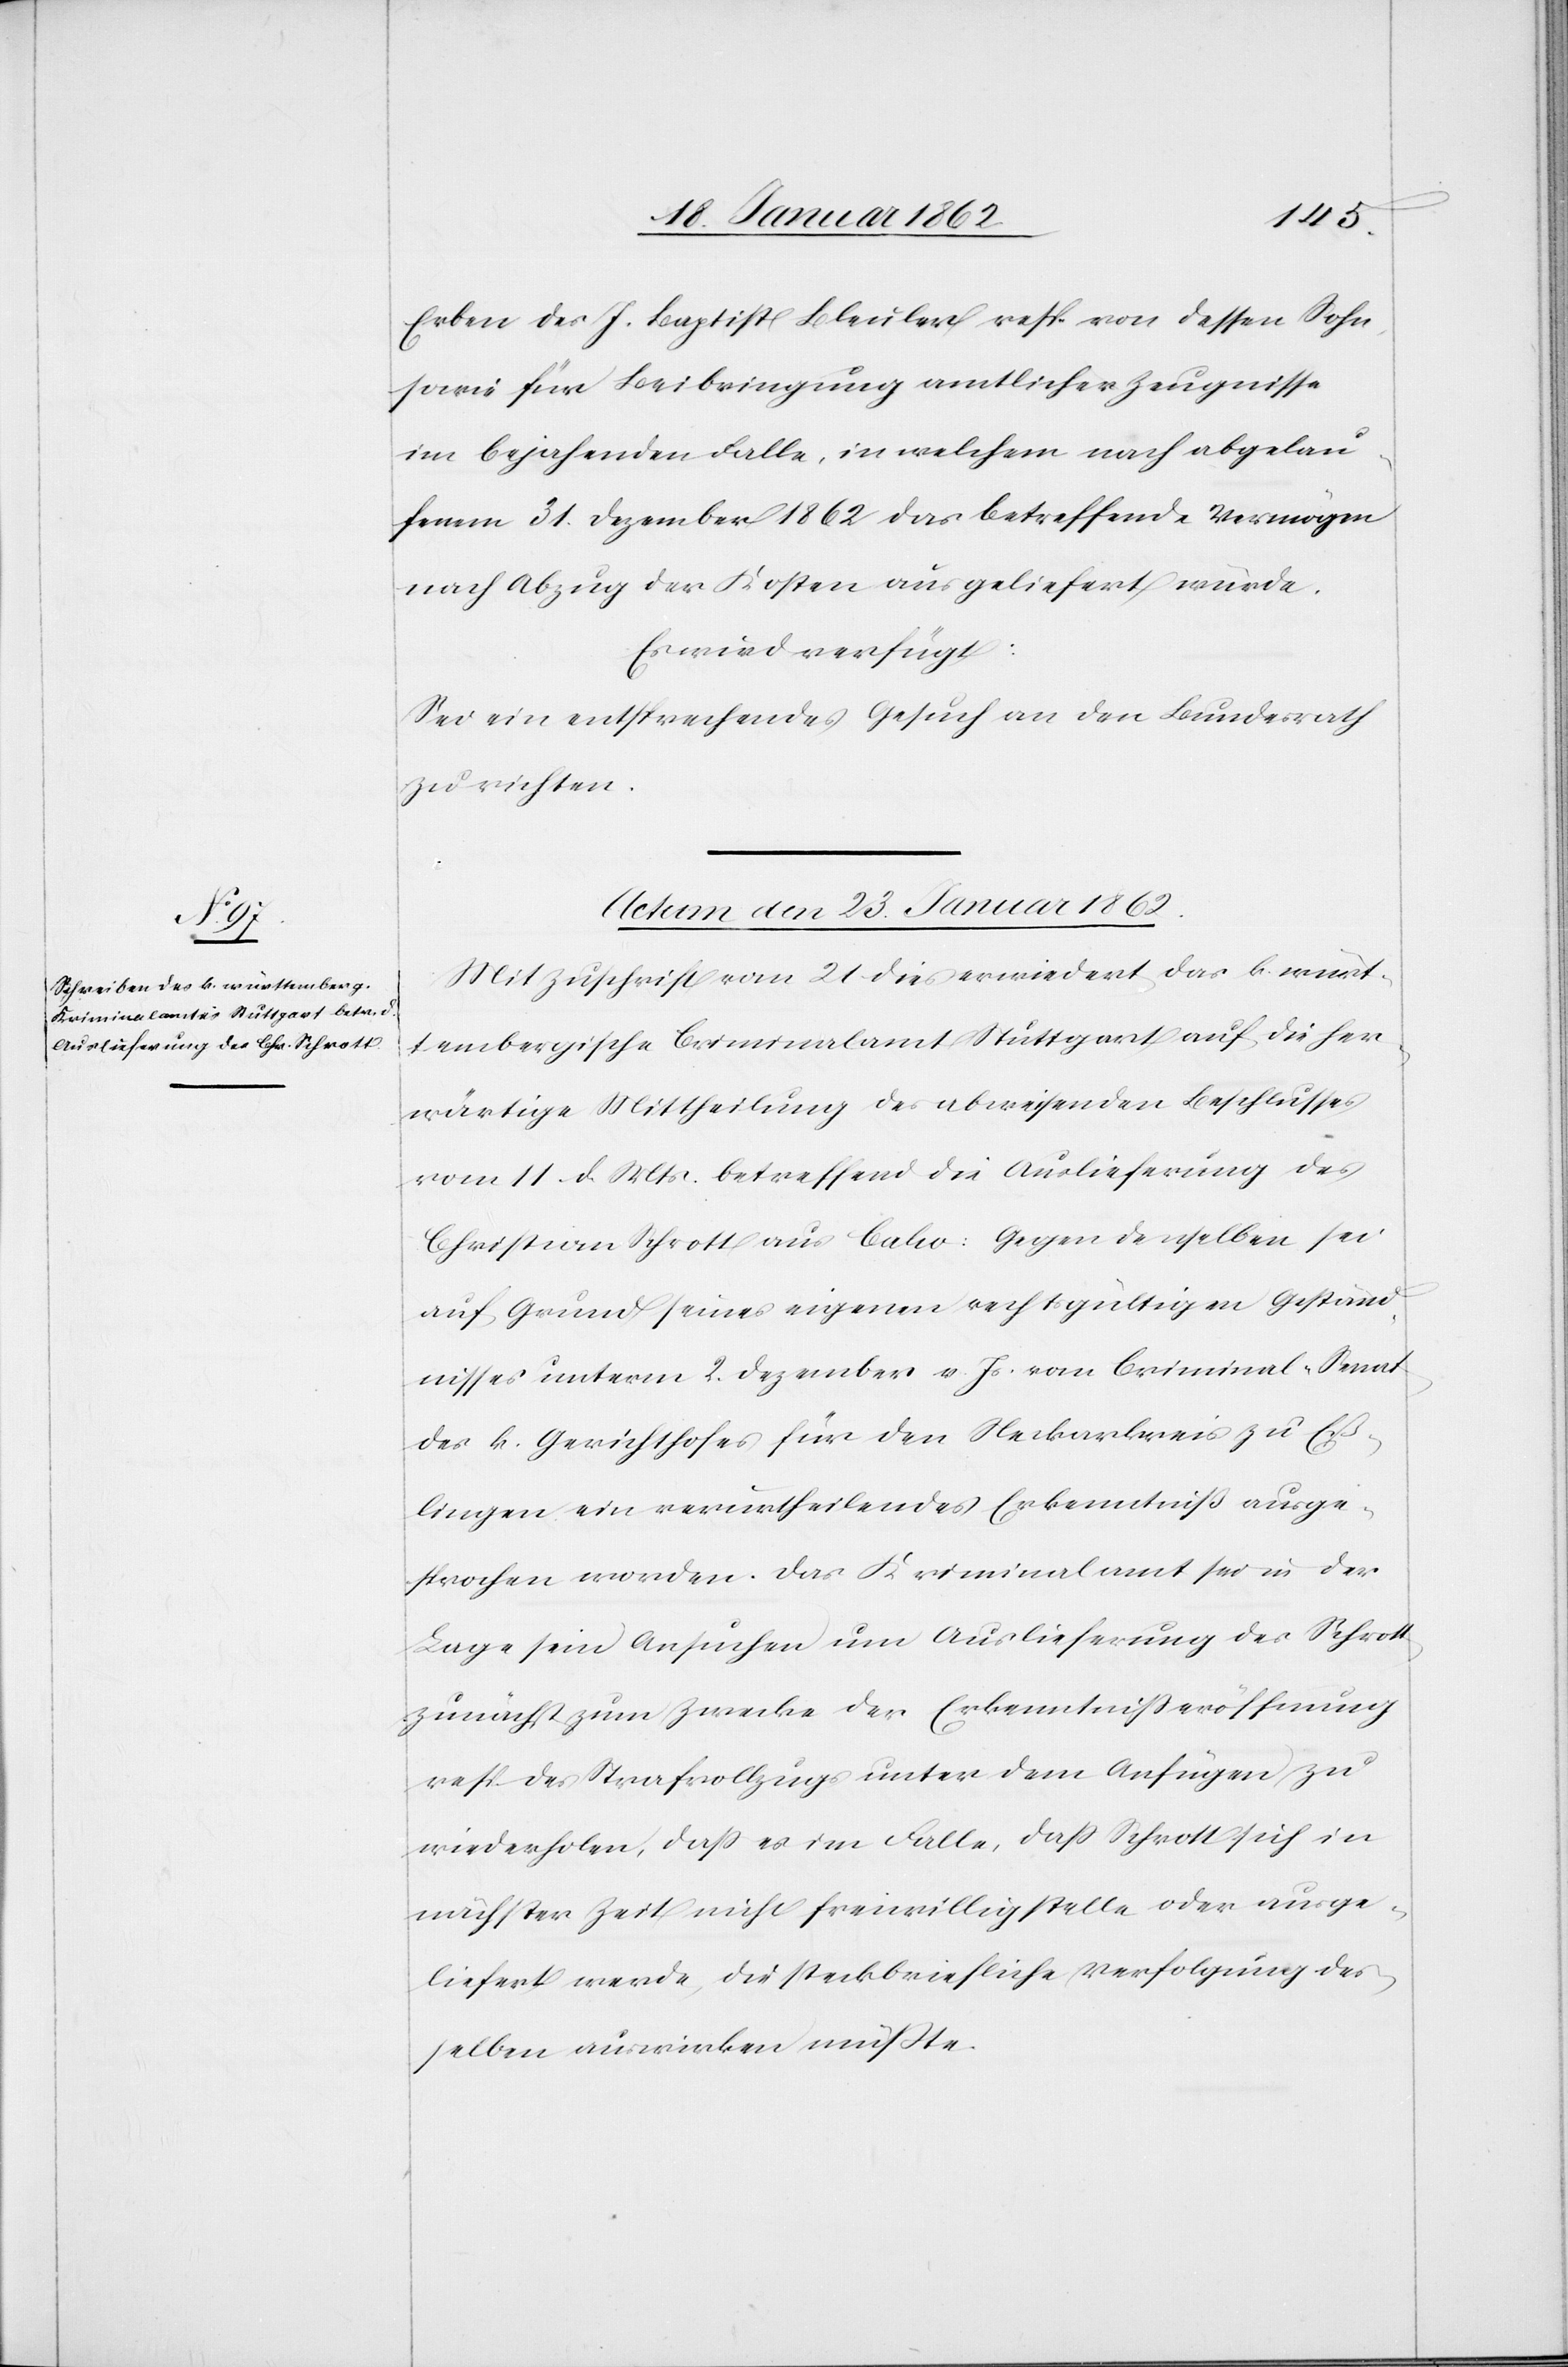
Erben des J. Baptist Bleuler resp. von dessen Sohn
sowie für Beibringung amtlicher Zeugnisse
im bejahenden Falle, in welchem nach abgelau¬
fenem 31. Dezember 1862 das betreffende Vermögen
nach Abzug der Kosten ausgeliefert würde.
Es wird verfügt:
Sei ein entsprechende Gesuch an den Bundesrath
zu richten.
Actum den 23. Januar 1862
Mit Zuschrift vom 21 dies erwiedert das k. würt¬
tembergische Criminalamt Stuttgart auf die her¬
wärtige Mittheilung des abweisenden Beschlusses
vom 11. d. Mts. betreffend die Auslieferung des
Christian Schrott aus Calw: Gegen denselben sei
auf Grund seines eigenen rechtsgültigen Geständ¬
nisses unterm 2. Dezember v. Js. vom Criminal-Senat
des k. Gerichthofes für den Neckarkreis zu Eß¬
lingen ein verurtheilendes Erkenntniß ausge¬
sprochen worden. Das Kriminalamt sei in der
Lage sein Ansuchen um Auslieferung des Schrott
zunächst zum Zwecke der Erkenntnißeröffnung
resp. des Strafvollzugs unter dem Anfügen zu
wiederholen, daß es im Falle, daß Schrott sich in
nächster Zeit nicht freiwillig stelle oder ausge¬
liefert werde, die steckbriefliche Verfolgung des¬
selben auswirken müßte.